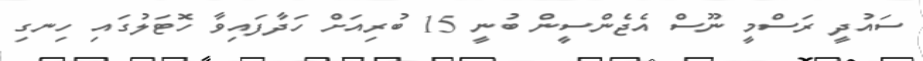
ސައުދީ ރަސްމީ ނޫސް އެޖެންސީން ބުނީ 15 ބުރިއަަށް ހަދާފައިވާ ހޮޓަލުގައި ހިނގި